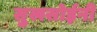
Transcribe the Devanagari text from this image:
सुखसोईनी